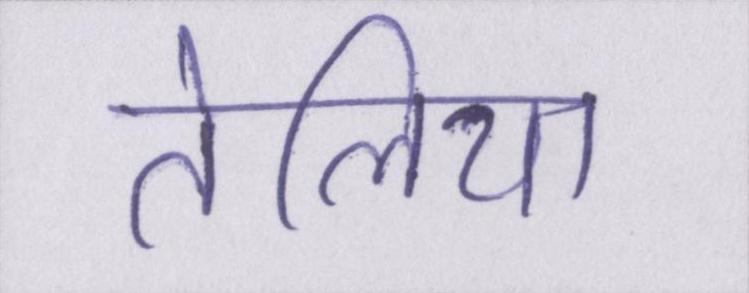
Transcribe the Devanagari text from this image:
तेलिया